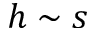
h \sim s